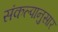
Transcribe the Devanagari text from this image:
संकल्पानुसार